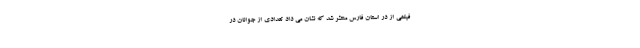
فیلمی از در استان فارس منتشر شد که نشان می داد تعدادی از جوانان در